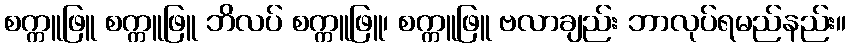
စက္ကူဖြူ စက္ကူဖြူ ဘိလပ် စက္ကူဖြူ၊ စက္ကူဖြူ ဗလာချည်း ဘာလုပ်ရမည်နည်း။